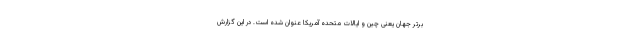
برتر جهان یعنی چین و ایالات متحده آمریکا عنوان شده است. در این گزارش